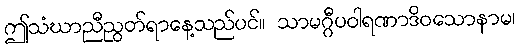
ဤသံဃာညီညွတ်ရာနေ့သည်ပင်။ သာမဂ္ဂီပဝါရဏာဒိဝသောနာမ၊